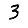
Digit: 3